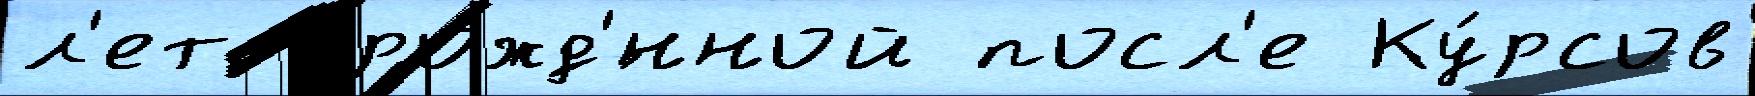
л'ет урожд'́нной посл'е Ку́рсов